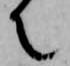
て